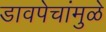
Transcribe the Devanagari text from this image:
डावपेचांमुळे